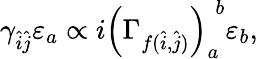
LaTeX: \gamma_{\hat{i}\hat{j}}\varepsilon_{a}\propto i\left(\Gamma_{f(\hat{i},\hat{j})}\right)_{a}^{\; b}\varepsilon_{b},